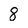
Character: 8